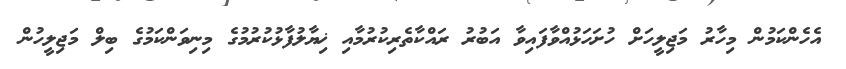
އެހެންކަމުން މިހާރު މަޖިލީހަށް ހުށަހަޅުއްވާފައިވާ އަބުރު ރައްކާތެރިކުރުމާއި ޚިޔާލުފާޅުކުރުމުގެ މިނިވަންކަމުގެ ބިލް މަޖިލީހުން